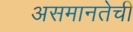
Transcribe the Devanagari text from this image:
असमानतेची